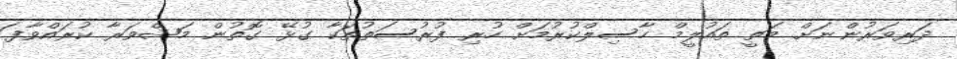
ދަރިވަރުންނަށް މަތީ ތައުލީމް ހާސިލްކުރުމަށް ހުރި ފުރުސަތުތަކާ ގުޅޭ ގޮތުން މަޝްވަރާ ކުރައްވާފަ